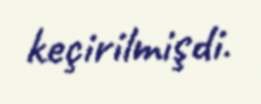
keçirilmişdi.